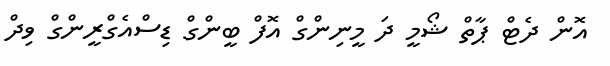
އޮން ދެޓް ޕާތް ޝޯމީ ދަ މީނިންގް އޮފް ބީންގް ޑިސްއެގްރީންގް ވިދް